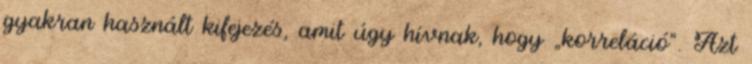
gyakran használt kifejezés, amit úgy hívnak, hogy „korreláció”. Azt